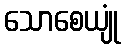
သောစေယျုံ